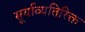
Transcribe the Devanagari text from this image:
सूर्याव्यतिरिक्त